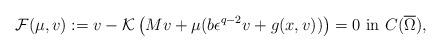
LaTeX: \begin{align*}\mathcal{F}(\mu, v) :=v - \mathcal{K}\left( Mv + \mu (b \epsilon^{q-2} v + g(x,v)) \right) = 0 \mbox{ in }C(\overline{\Omega}),\end{align*}